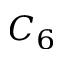
C _ { 6 }